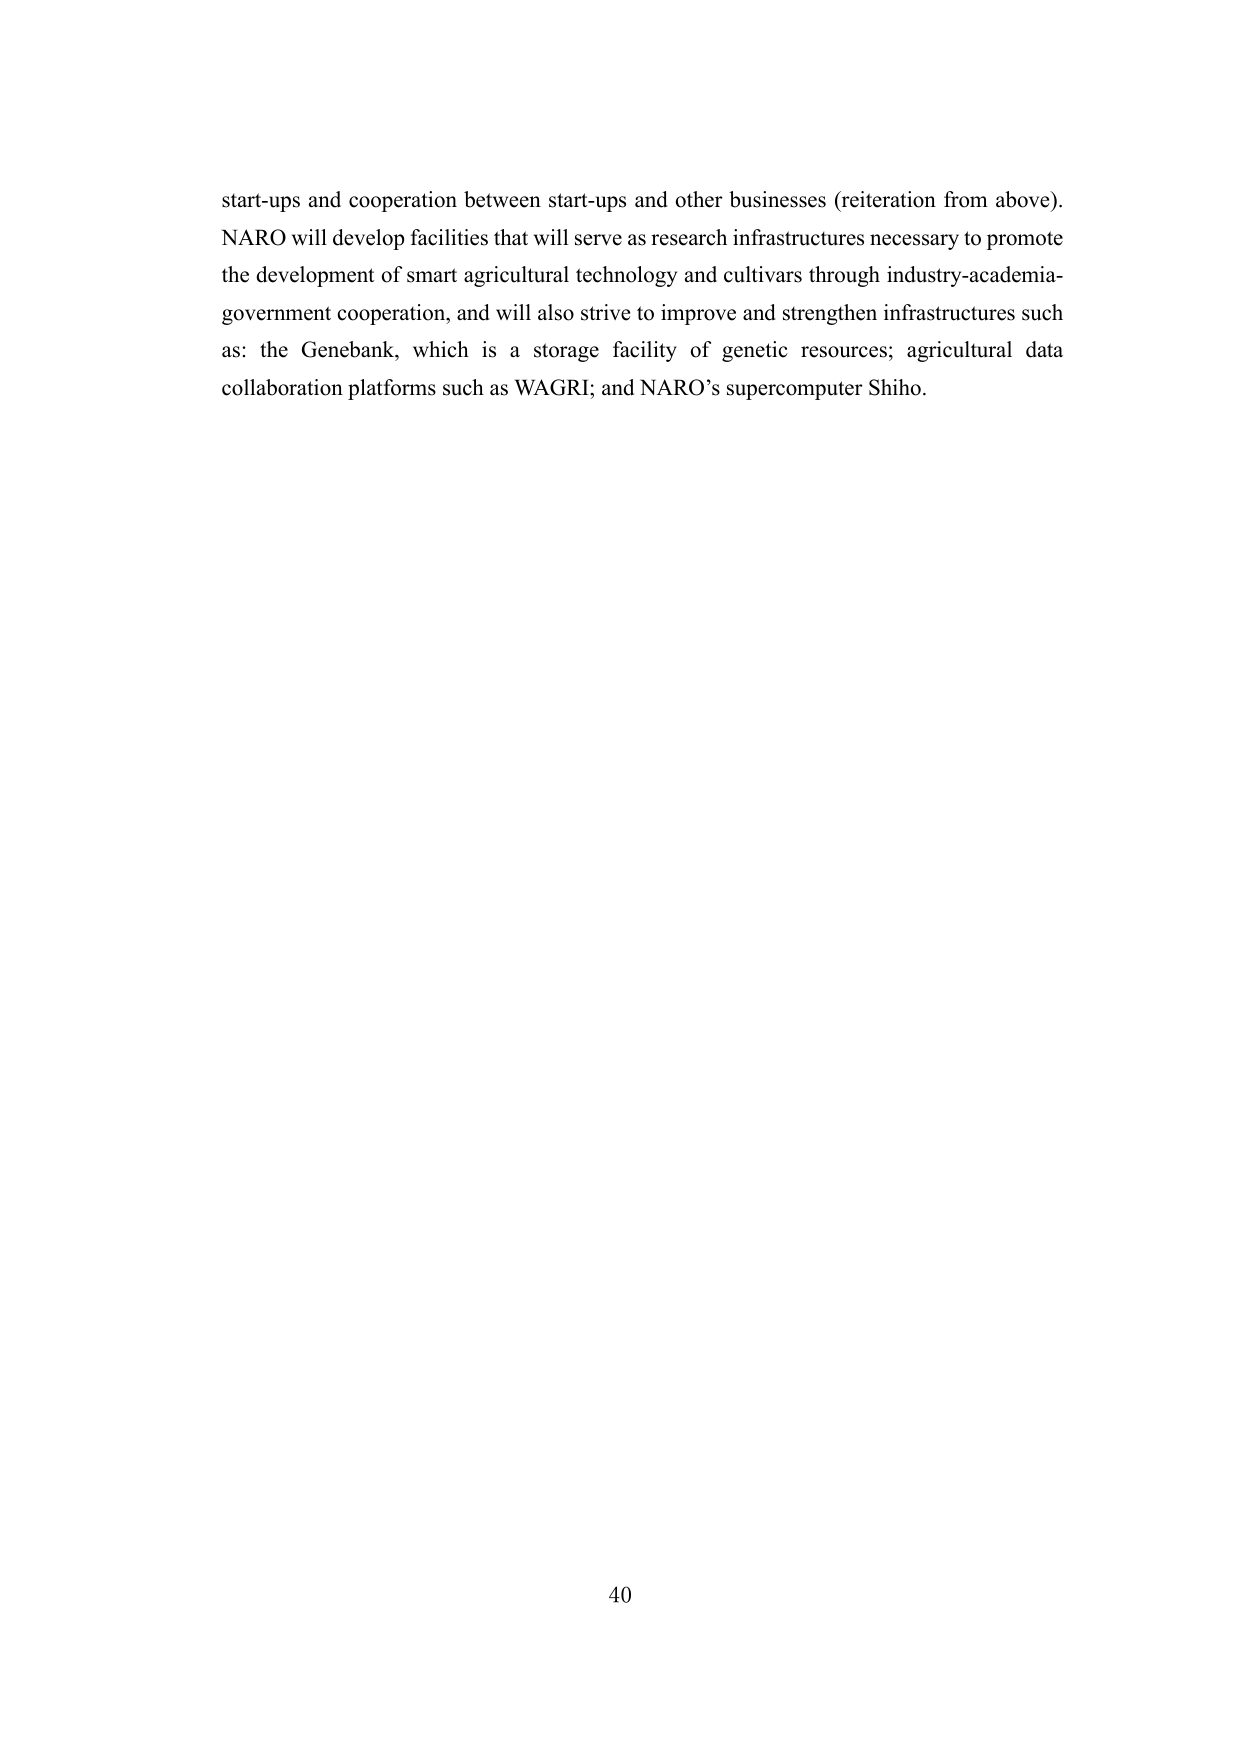
start-ups and cooperation between start-ups and other businesses (reiteration from above).
NARO will develop facilities that will serve as research infrastructures necessary to promote
the development of smart agricultural technology and cultivars through industry-academia-
government cooperation, and will also strive to improve and strengthen infrastructures such
as: the Genebank, which is a storage facility of genetic resources; agricultural data
collaboration platforms such as WAGRI; and NARO’s supercomputer Shiho.

40